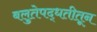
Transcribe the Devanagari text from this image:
बलुतेपद्धतीतून